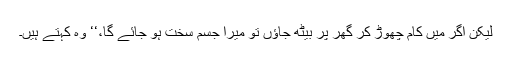
لیکن اگر میں کام چھوڑ کر گھر پر بیٹھ جاؤں تو میرا جسم سخت ہو جائے گا،‘‘ وہ کہتے ہیں۔